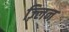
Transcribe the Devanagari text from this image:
ज़्लिन